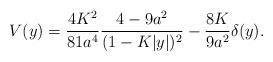
LaTeX: \begin{align*}V(y)={{4K^2}\over{81a^4}}{{4-9a^2}\over{(1-K|y|)^2}}-{{8K}\over{9a^2}}\delta(y).\end{align*}